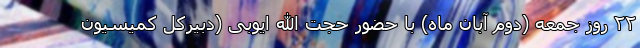
۲۲ روز جمعه (دوم آبان ماه) با حضور حجت الله ایوبی (دبیرکل کمیسیون